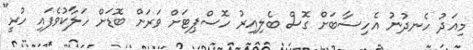
މިއަދު ހެނދުނު އެހިސާބަށް ގޮސް ބެލިއިރު ހޮސްޕިޓަށް ވަރަށް ބޮޑަށް ހަލާކުވެފައި ހުރީ"